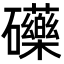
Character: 𮁚